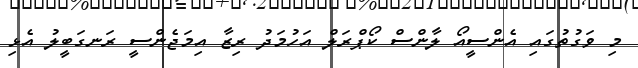
މި ވަގުތުގައި އެންސީއޯ ލާންސް ކޯޕްރަލް އަހުމަދު ރިޒާ އިމަޖެންސީ ރަނގަބީލު އެޅި